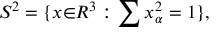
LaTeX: S ^ { 2 } = \{ x { \in } R ^ { 3 } : \sum x _ { \alpha } ^ { 2 } = 1 \} ,